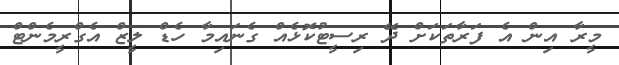
މީރާ އިން އެ ފަރާތަކަށް ދޭ ރިސީޓުކޮޅެއް ގެނައިމާ ހެޑް ލީޒް އެގްރީމެންޓް